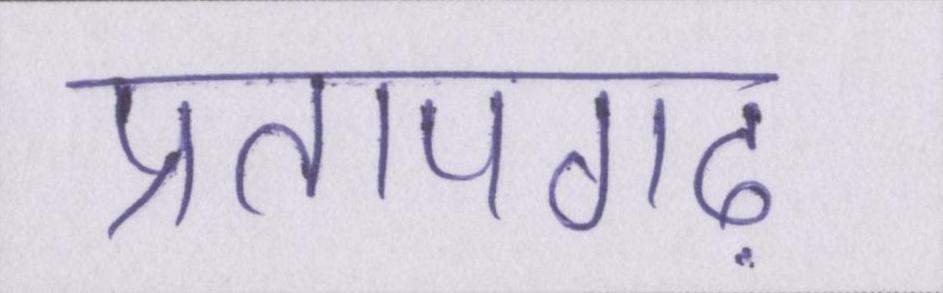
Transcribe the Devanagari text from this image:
प्रतापगढ़